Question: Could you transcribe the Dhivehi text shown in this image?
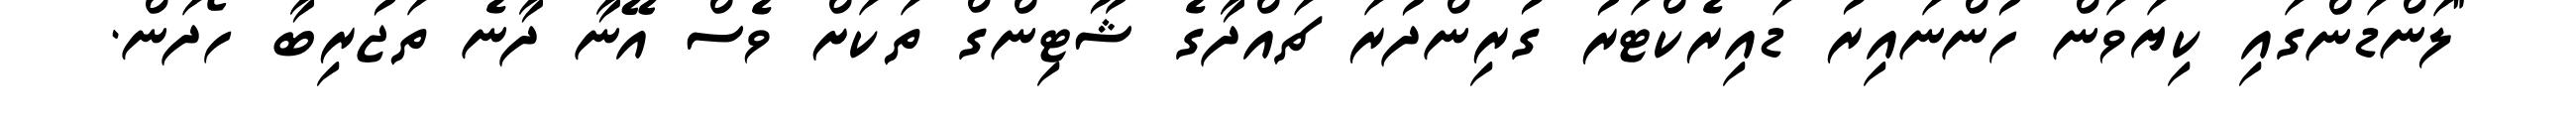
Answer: "ލަންޑަންގައި ކިޔަވަން ހުންނައިރު ޑައިރެކްޓަރު ގުރިންދުރަ ޗައްދާގެ ޝޫޓިންގް ތަކަށް ވެސް އޭނާ ދާނެ ތަޖުރިބާ ހޯދަން.